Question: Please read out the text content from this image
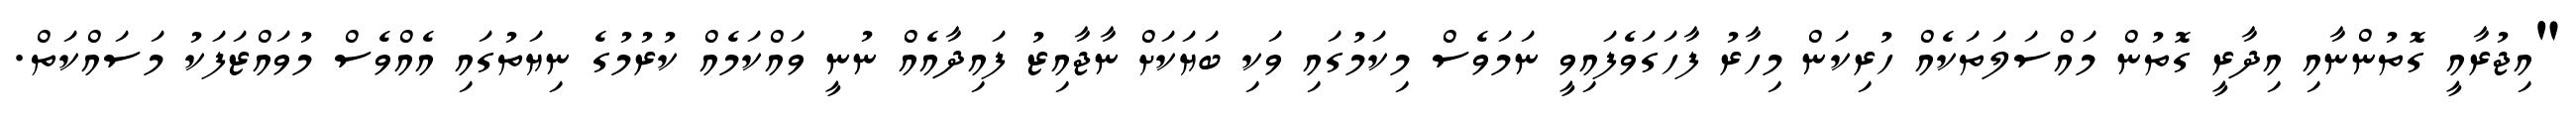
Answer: "އިޖުރާއީ ގޮތުންނާއި އިދާރީ ގޮތުން މައްސަލަތަކެއް ހުރިކަން މިހާރު ފާހަގަވެފައިވީ ނަމަވެސް މިކަމުގައި ވަކި ބަޔަކަށް ނާޖާއިޒު ފައިދާއެއް ނުނީ ވައްކަމެއް ކުރުމުގެ ނިޔަތުގައި އެއްވެސް މުވައްޒަފަކު މަސައްކަތް.